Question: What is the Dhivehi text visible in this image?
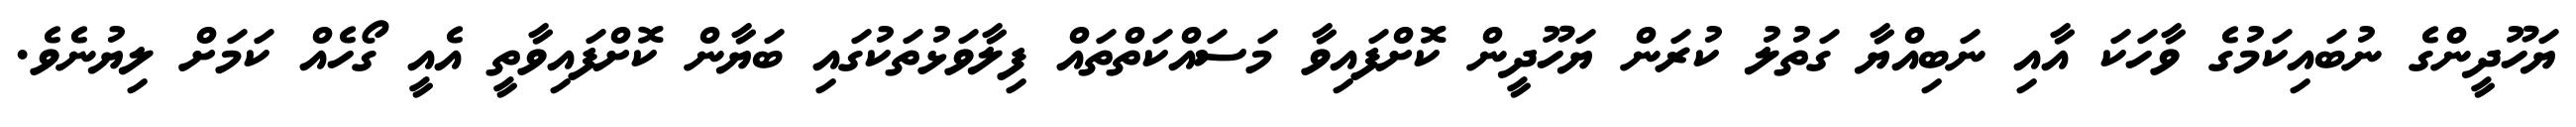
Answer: ޔަހޫދީންގެ ނުބައިކަމުގެ ވާހަކަ އާއި ނަބިއްޔާ ގަތުލު ކުރަން ޔަހޫދީން ކޮށްފައިވާ މަސައްކަތްތައް ފިލާވަޅުތަކުގައި ބަޔާން ކޮށްފައިވާތީ އެއީ ގޯހެއް ކަމަށް ލިޔުނެވެ.